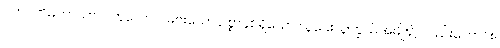
ဂဟပတိမဟာသာလကုလေ ဝါ၊ များသော ဥစ္စာနှစ်ရှိသော သူဌေးသူကြွယ်အမျိုး၌ လည်းကောင်း။